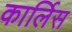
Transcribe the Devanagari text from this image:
कार्लिस